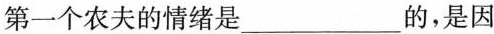
第一个农夫的情绪是___的，是因